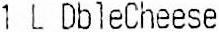
1 L DBLECHEESE